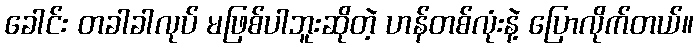
ခေါင်း တခါခါလုပ် မဖြစ်ပါဘူးဆိုတဲ့ ဟန်တစ်လုံးနဲ့ ပြောလိုက်တယ်။